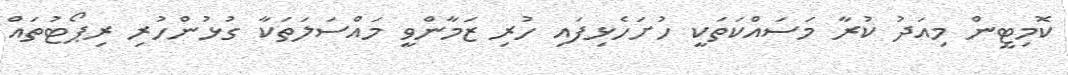
ކޮމިޓީން މިއަދު ކުރާ މަސައްކަތަކީ ހުށަހެޅިފައި ހުރި ޒަމާންވީ މައްސަލަތަކާ ގުޅުންހުރި ރިޕޯޓުތައް